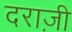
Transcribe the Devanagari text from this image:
दराज़ी